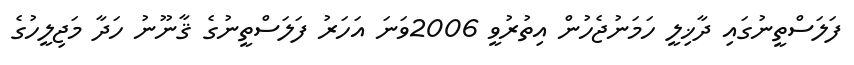
ފަލަސްތީނުގައި ދާޚިލީ ހަމަނުޖެހުން އިތުރުވީ 2006ވަނަ އަހަރު ފަލަސްތީނުގެ ޤާނޫނު ހަދާ މަޖިލީހުގެ